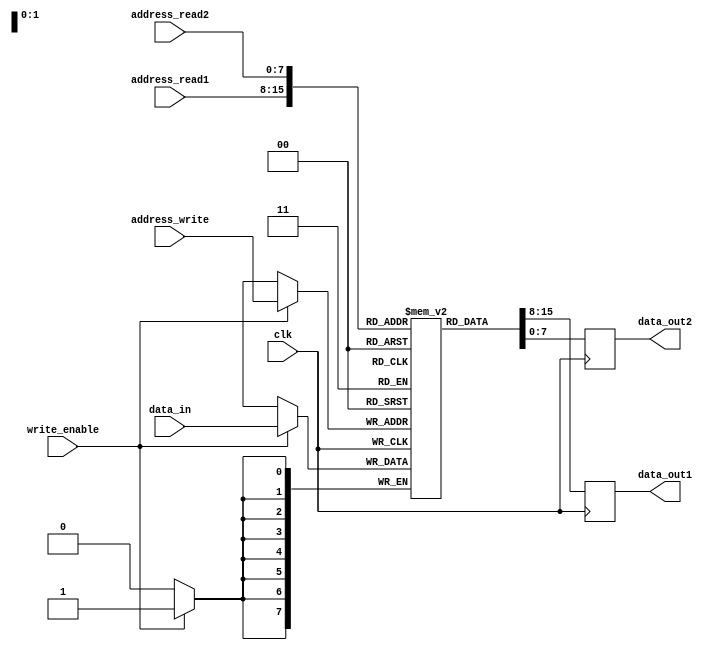
module register_file (
    input wire clk,
    input wire [7:0] address_read1, // Address for first read operation
    input wire [7:0] address_read2, // Address for second read operation
    input wire [7:0] address_write, // Address for write operation
    input wire write_enable, // Write enable signal
    input wire [7:0] data_in, // Data to be written
    output reg [7:0] data_out1, // Output data from first read operation
    output reg [7:0] data_out2 // Output data from second read operation
);

reg [7:0] registers [0:255]; // Array of 256 8-bit registers

always @(posedge clk) begin
    if (write_enable) begin
        registers[address_write] <= data_in;
    end
    
    data_out1 <= registers[address_read1];
    data_out2 <= registers[address_read2];
end

endmodule